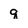
Character: q